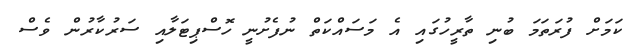
ކަމަށް ފުރަތަމަ ބުނި ތާރީހުގައި އެ މަސައްކަތް ނުފެށުނީ ހޮސްޕިޓަލާއި ސަރުކާރުން ވެސް